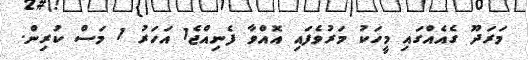
މަރަދޫ ގެއެއްގައި މީހަކު މަރުވެފައި އޮއްވާ ފެނިއްޖެ1 އަހަރު 1 މަސް ކުރިން.